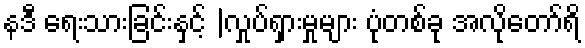
နဒီ ရေးသားခြင်းနှင့် |လှုပ်ရှားမှုများ ပုံတစ်ခု အလိုတော်ရိ